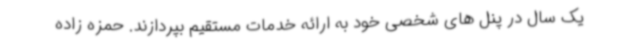
یک سال در پنل های شخصی خود به ارائه خدمات مستقیم بپردازند. حمزه زاده